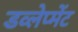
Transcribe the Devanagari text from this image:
डव्लेप्मेंट